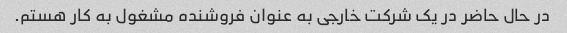
در حال حاضر در یک شرکت خارجی به عنوان فروشنده مشغول به کار هستم.